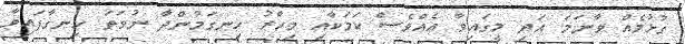
ގުޅުމެއް ވާނަމަ އަދި މީގައިވާ އެއްވެސް ކަމަކާއި މިހާރު ހިނގަމުންދާ ނުވަތަ ހިނގާފައިވާ